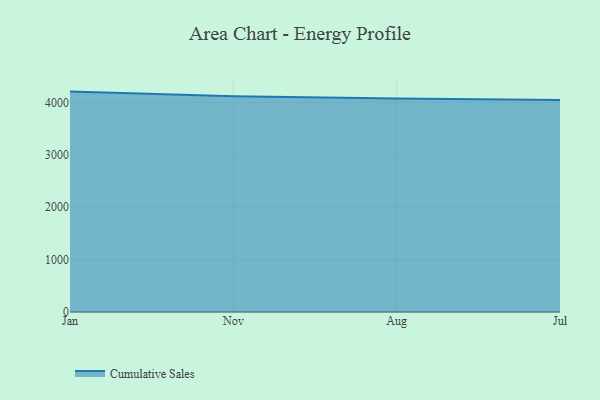
{"axis": {"x": "Month", "y": "Net Income (USD K)"}, "legend": ["Cumulative Sales"], "data": [{"x": "Jan", "y": 4208.3, "type": "Cumulative Sales"}, {"x": "Nov", "y": 4119.3, "type": "Cumulative Sales"}, {"x": "Aug", "y": 4075.2, "type": "Cumulative Sales"}, {"x": "Jul", "y": 4048.8, "type": "Cumulative Sales"}]}